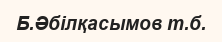
Б.Әбілқасымов т.б.